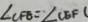
\angle C F B = \angle C E F (